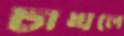
চাখলে